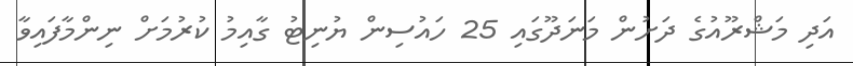
އަދި މަޝްރޫއުގެ ދަށުން މަނަދޫގައި 25 ހައުސިން ޔުނިޓު ގާއިމު ކުރުމަށް ނިންމާފައިވާ